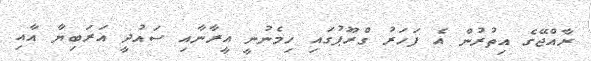
ރާއްޖޭގެ އިތުރުން އެ ފަހަރު ގްރޫޕުގައި ހިމެނުނީ އީރާނާއި ސައުދީ އަރަބިޔާ އާއި